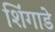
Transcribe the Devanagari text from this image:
शिंगाडे